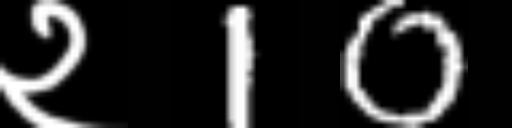
Text: २10